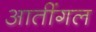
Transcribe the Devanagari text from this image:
आतींगल